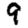
Digit: 9